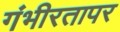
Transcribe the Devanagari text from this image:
गंभीरतापर